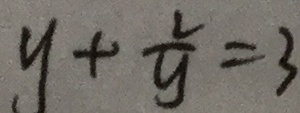
y + \frac { 2 } { y } = 3